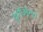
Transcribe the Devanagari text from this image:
दुर्गोजीराव